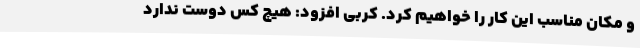
و مکان مناسب این کار را خواهیم کرد. کربی افزود: هیچ کس دوست ندارد